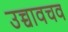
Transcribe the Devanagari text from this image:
उच्चावचव